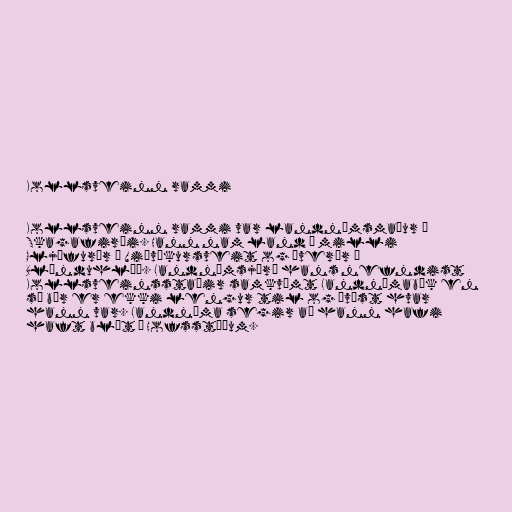
Kollsveinn rammi

Kollsveinn rammi var landnámsmaður í
Skagafirði. Hann nam land á milli
Gljúfurár í Viðvíkursveit og Þverár í
Blönduhlíð. Landnámsjörð hans nefndist
Kollsveinsstaðir samkvæmt Landnámabók en
sá bær er ekki lengur til og óvíst hvar
hann var. Landnáma segir að hann hafi
haft blót á Hofsstöðum.